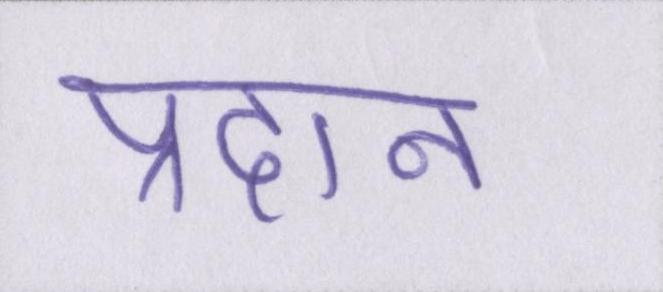
प्रदान